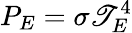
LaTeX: P_{E}=\sigma\mathscr{T}_{E}^{4}